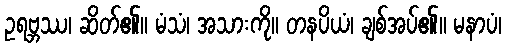
ဥရဗ္ဘဿ၊ ဆိတ်၏။ မံသံ၊ အသားကို။ တနပိယံ၊ ချစ်အပ်၏။ မနာပံ၊